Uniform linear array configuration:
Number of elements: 48
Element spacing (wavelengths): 0.25
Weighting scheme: uniform
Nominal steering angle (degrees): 30
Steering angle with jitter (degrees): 29.661
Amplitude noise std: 0.05
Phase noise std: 0.05

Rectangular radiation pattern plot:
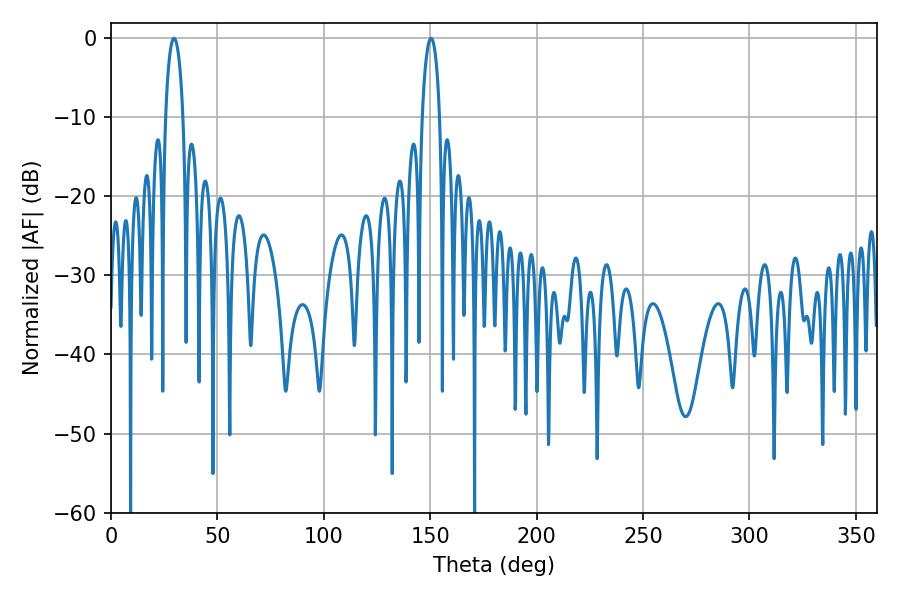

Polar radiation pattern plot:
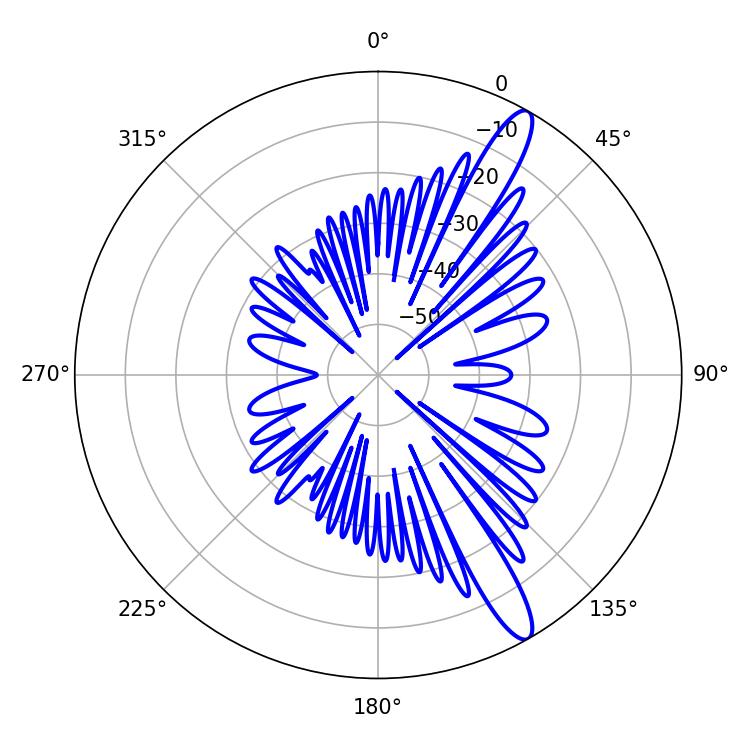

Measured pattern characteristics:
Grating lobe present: FALSE
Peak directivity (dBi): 13.279
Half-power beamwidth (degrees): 4.68
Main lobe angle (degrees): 150.3